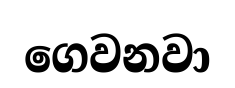
ගෙවනවා